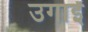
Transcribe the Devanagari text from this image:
उगाईं